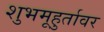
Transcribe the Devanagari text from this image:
शुभमूहुर्तावर